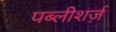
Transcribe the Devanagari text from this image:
पब्लीशर्ज़